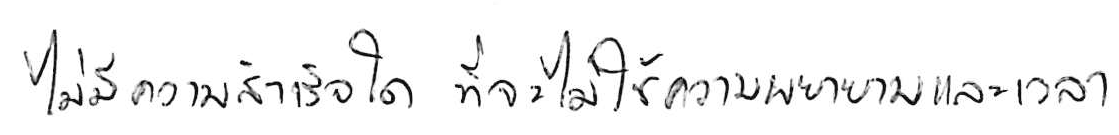
ไม่มีความสำเร็จใด ที่จะไม่ใช้ความพยายามและเวลา